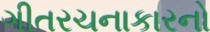
ગીતરચનાકારનો